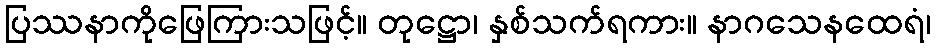
ပြဿနာကိုဖြေကြားသဖြင့်။ တုဋ္ဌော၊ နှစ်သက်ရကား။ နာဂသေနထေရံ၊